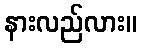
နားလည်လား။